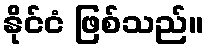
နိုင်ငံ ဖြစ်သည်။